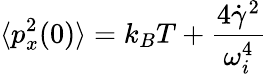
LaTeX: \langle p_{x}^{2}(0)\rangle=k_{B}T+\frac{4\dot{\gamma}^{2}}{\omega_{i}^{4}}